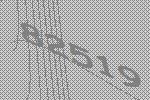
82519